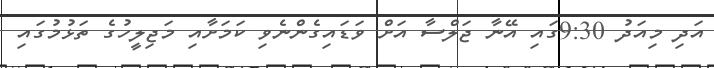
އަދި މިއަދު 9:30ގައި އޭނާ ޖަލްސާ އަށް ވަޑައިގެންނެވި ކަމަށާއި މަޖިލީހުގެ ތަޅުމުގައި